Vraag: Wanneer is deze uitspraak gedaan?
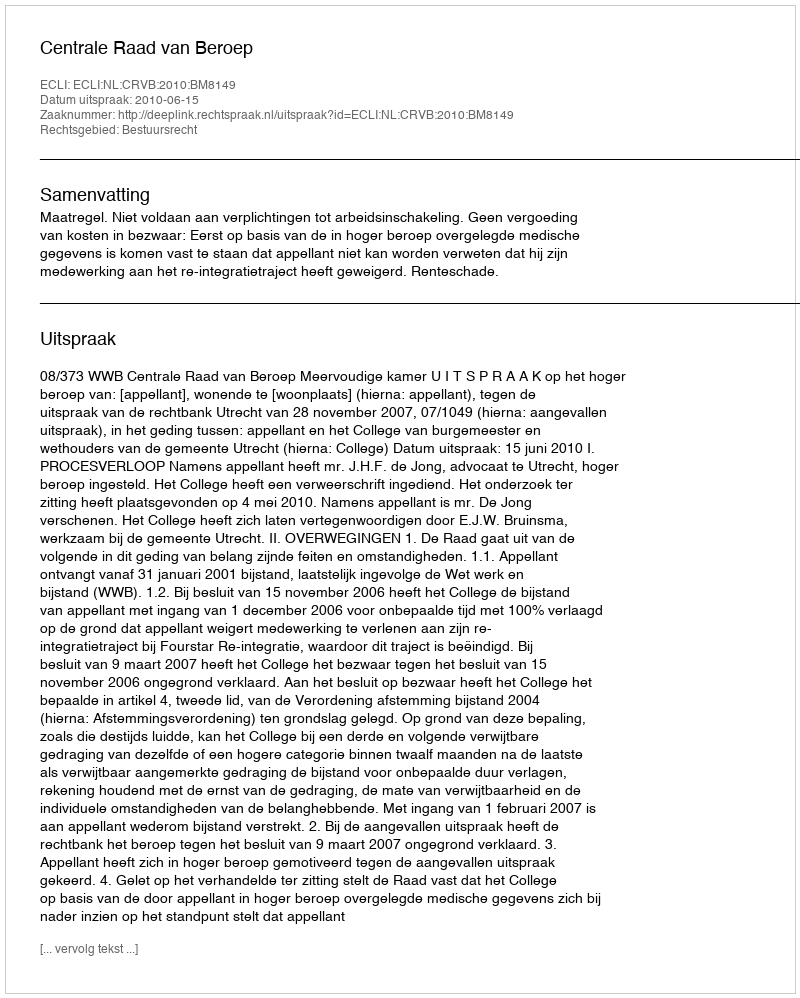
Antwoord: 2010-06-15